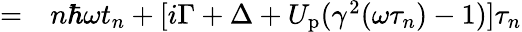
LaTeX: \begin{array}{rl}{=}&{{}n\hbar\omega t_{n}+[i\Gamma+\Delta+U_{\mathrm{p}}(\gamma^{2}(\omega\tau_{n})-1)]\tau_{n}}\end{array}